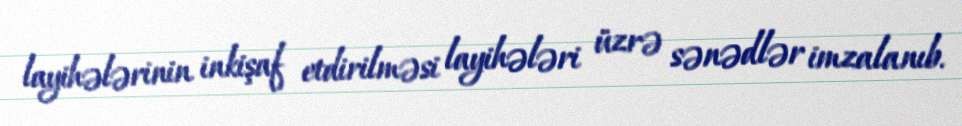
layihələrinin inkişaf etdirilməsi layihələri üzrə sənədlər imzalanıb.